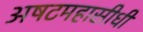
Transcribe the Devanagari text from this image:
अषटमहासीधी